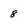
Character: 8